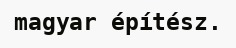
magyar építész.